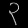
Digit: ၃